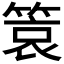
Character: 𬕞